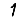
Digit: 1